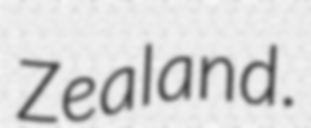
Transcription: Zealand.